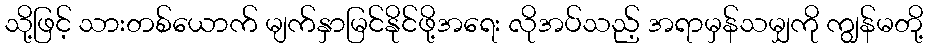
သို့ဖြင့် သားတစ်ယောက် မျက်နှာမြင်နိုင်ဖို့အရေး လိုအပ်သည့် အရာမှန်သမျှကို ကျွန်မတို့